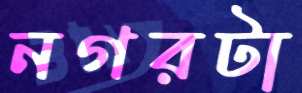
নগরটা